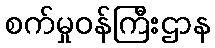
စက်မှုဝန်ကြီးဌာန